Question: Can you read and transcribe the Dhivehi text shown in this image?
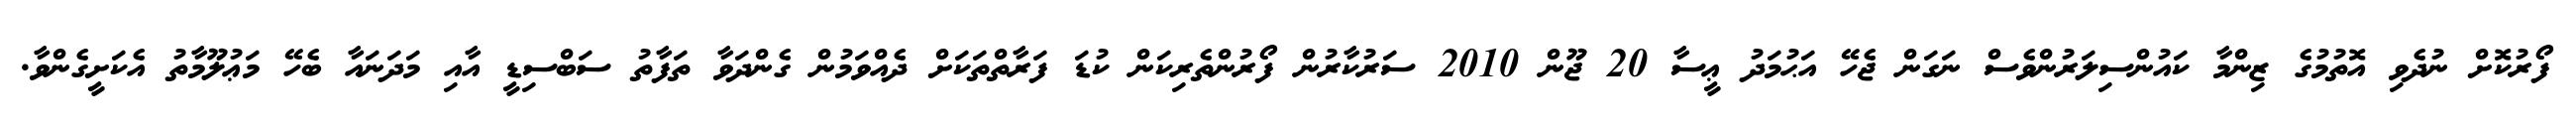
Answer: ފޯރުކޮށް ނުދެވި އޮތުމުގެ ޒިންމާ ކައުންސިލަރުންވެސް ނަގަން ޖެހޭ އަޙުމަދު ޢީސާ 20 ޖޫން 2010 ސަރުކާރުން ފޯރުންތެރިކަން ކުޑަ ފަރާތްތަކަށް ދެއްވަމުން ގެންދަވާ ތަފާތު ސަބްސިޑީ އާއި މަދަނައާ ބެހޭ މަޢުލޫމާތު އެކަށީގެންވާ.